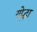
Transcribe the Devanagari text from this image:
यो्द्धा